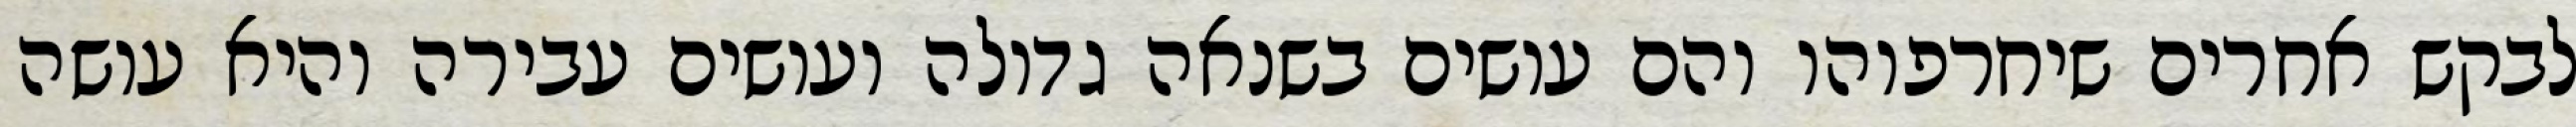
לבקש אחרים שיחרפוהו והם עושים בשנאה גדולה ועושים עבירה והיא עושה